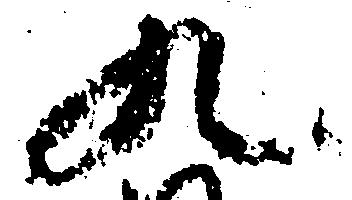
九